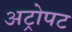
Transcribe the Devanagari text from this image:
अट्रोपट